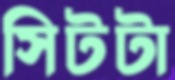
সিটটা